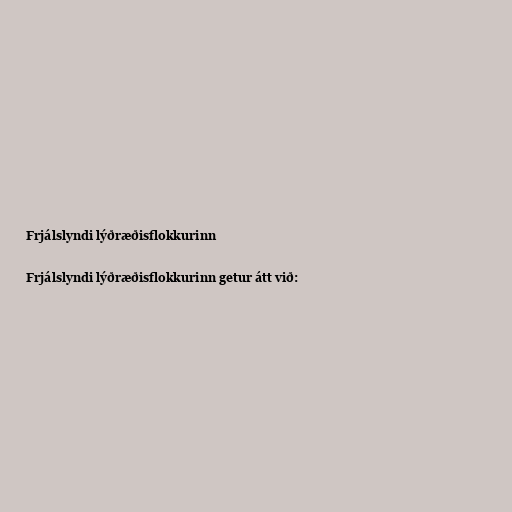
Frjálslyndi lýðræðisflokkurinn

Frjálslyndi lýðræðisflokkurinn getur átt við: